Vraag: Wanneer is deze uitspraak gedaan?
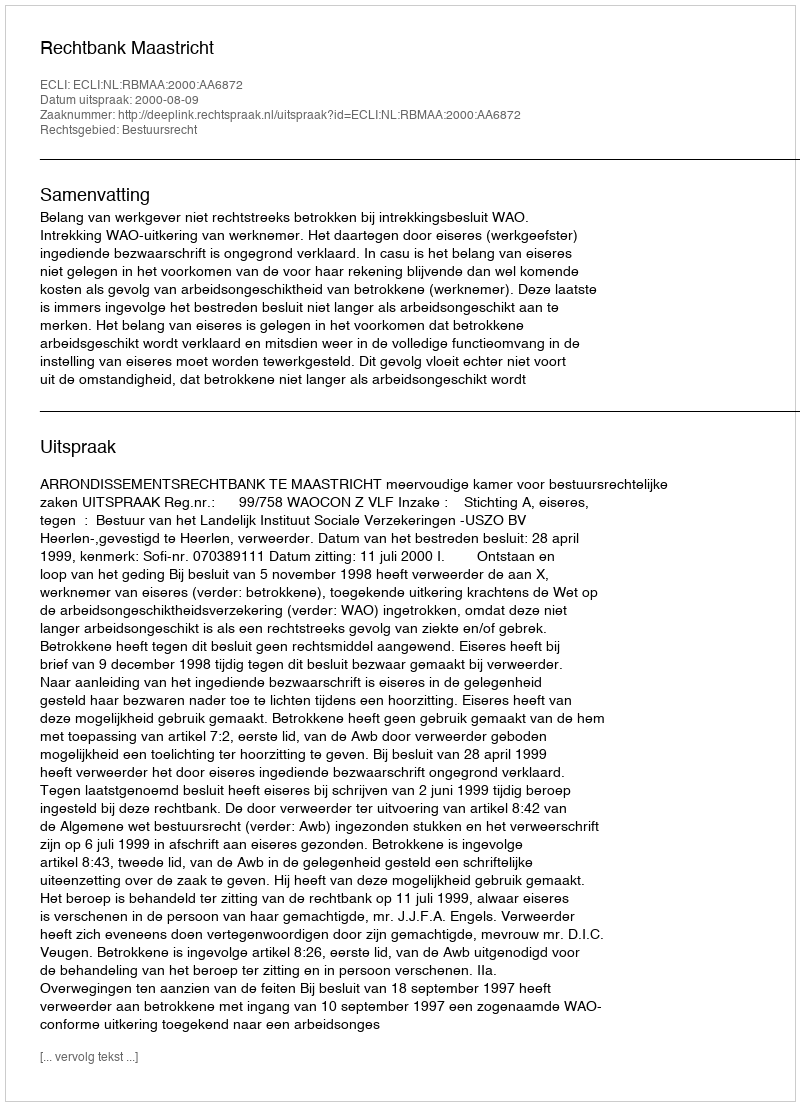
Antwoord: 2000-08-09